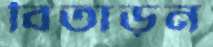
বিতাড়ন